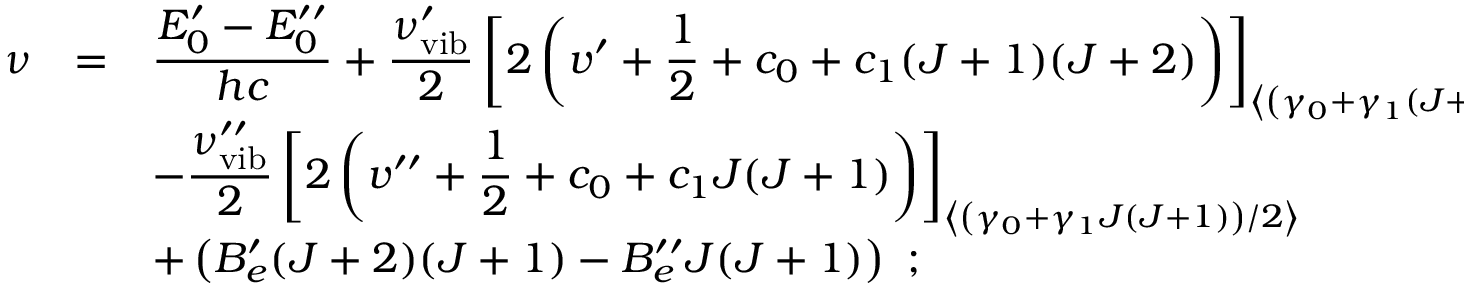
\begin{array} { r c l } { { \nu } } & { { = } } & { { \displaystyle \frac { E _ { 0 } ^ { \prime } - E _ { 0 } ^ { \prime \prime } } { h c } + \displaystyle \frac { \nu _ { \mathrm { v i b } } ^ { \prime } } { 2 } \left[ 2 \left( v ^ { \prime } + { \frac { 1 } { 2 } } + c _ { 0 } + c _ { 1 } ( J + 1 ) ( J + 2 ) \right) \right] _ { \left< \left( \gamma _ { 0 } + \gamma _ { 1 } ( J + 1 ) ( J + 2 ) \right) / 2 \right> } } } \\ { { } } & { { } } & { { - \displaystyle \frac { \nu _ { \mathrm { v i b } } ^ { \prime \prime } } { 2 } \left[ 2 \left( v ^ { \prime \prime } + { \frac { 1 } { 2 } } + c _ { 0 } + c _ { 1 } J ( J + 1 ) \right) \right] _ { \left< \left( \gamma _ { 0 } + \gamma _ { 1 } J ( J + 1 ) \right) / 2 \right> } } } \\ { { } } & { { } } & { { + \left( B _ { e } ^ { \prime } ( J + 2 ) ( J + 1 ) - B _ { e } ^ { \prime \prime } J ( J + 1 ) \right) ~ ; } } \end{array}